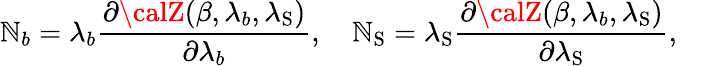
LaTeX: \mathbb{N}_{b}=\lambda_{b}{\frac{{\partial{\calZ}(\beta,\lambda_{b},\lambda_{\mathrm{{S}}})}}{{\partial\lambda_{b}}}},\quad\mathbb{N}_{\mathrm{{S}}}=\lambda_{\mathrm{{S}}}{\frac{{\partial{\calZ}(\beta,\lambda_{b},\lambda_{\mathrm{{S}}})}}{{\partial\lambda_{\mathrm{{S}}}}}},\quad